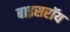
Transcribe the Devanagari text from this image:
बाइसरॉय